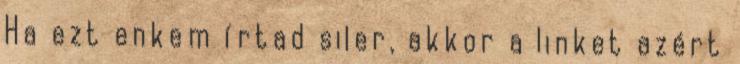
Ha ezt enkem írtad siler, akkor a linket azért